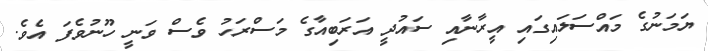
ޔަމަނުގެ މައްސަލައިގައި އީރާނާއި ސައުދީ އަރަބިއާގެ މަސްރަހު ވެސް ވަނީ ހޫނުވެފަ އެވެ.